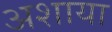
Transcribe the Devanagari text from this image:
अशाया